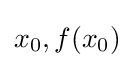
x_{0},f(x_{0})